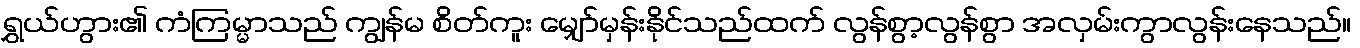
ရွှယ်ဟွား၏ ကံကြမ္မာသည် ကျွန်မ စိတ်ကူး မျှော်မှန်းနိုင်သည်ထက် လွန်စွာ့လွန်စွာ အလှမ်းကွာလွန်းနေသည်။